Civil Veterinary Department. United Provinces 1923-31 - 1923-1931
Year: 1923
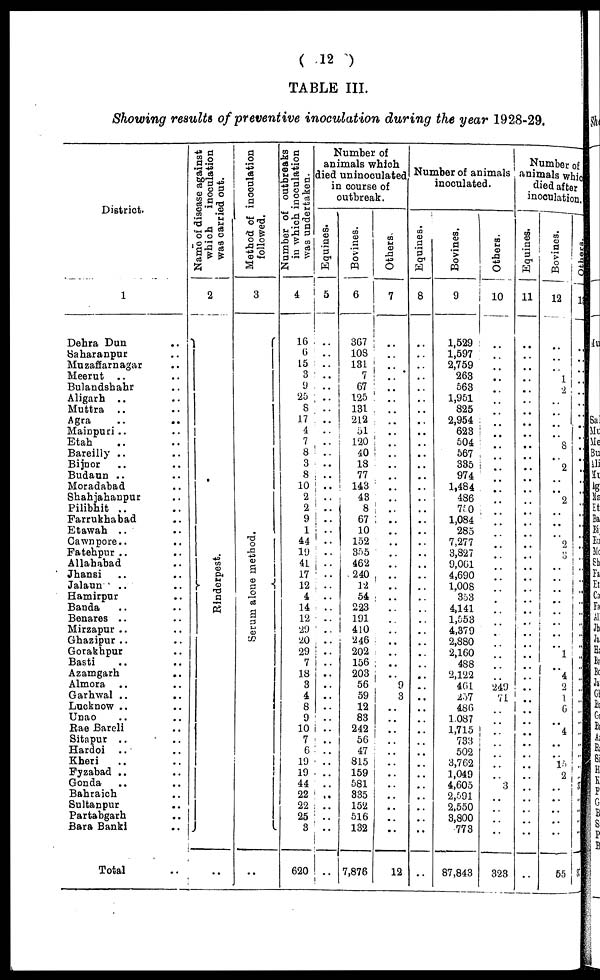
( 12 )
TABLE III.
Showing results of preventive inoculation during the year 1928-29.
District.
1
Dehra Dun ..
Saharanpur ..
Muzaffarnagar ..
Meerut .. ..
Bulandshahr ..
Aligarh .. ..
Muttra .. ..
Agra
Mainpuri .. ..
Etah .. ..
Bareilly .. ..
Bijnor .. ..
Budaun .. ..
Moradabad ..
Shahjahanpur ..
Pilibhit .. ..
Farrukhabad ..
Etawah .. ..
Cawnpore .. ..
Fatehpur .. ..
Allahabad ..
Jhansi .. ..
Jalaun .. ..
Hamirpur ..
Banda .. ..
Benares
Mirzapur .. ..
Ghazipur .. ..
Gorakhpur ..
Basti .. ..
Azamgarh ..
Almora .. ..
Garhwal .. ..
Lucknow .. ..
Unao .. ..
Rae Bareli ..
Sitapur .. ..
Hardoi .. ..
Kheri .. ..
Fyzabad .. ..
Gonda .. ..
Bahraich ..
Sultanpur ..
Partabgarh ..
Bara Banki ..
Total ..
Name of disease against
which
inoculation
wa3 carried out.
2
Rinderpest.
..
Method of inoculation
followed.
3
Se r
um alone method.
..
Number of outbreaks
in which inoculation
was undertaken.
4
16
6
15
3
9
25
8
17
4
7
8
3
8
10
2
2
9
1
44
19
41
17
12
4
14
12
29
20
29
7
18
3
4
8
9
10
7
6
19
19
44
22
22
25
3
620
Number of
animals which
lied uninoculated
in course of
outbreak.
Equines.
5
..
..
..
..
..
..
..
..
..
..
..
..
..
..
..
..
..
..
..
..
..
..
..
..
..
..
..
..
..
..
..
..
..
..
..
..
..
..
..
..
..
..
..
..
..
..
Bovines.
6
367
108
131
7
67
125
131
212
51
120
40
18
77
143
43
8
67
10
152
355
462
240
12
54
223
191
410
246
202
156
203
56
59
12
83
242
56
47
815
159
581
335
152
516
132
7,876
Others.
7
..
..
..
..
..
..
..
..
..
..
..
..
..
..
..
..
..
..
..
..
..
..
..
..
..
..
..
..
..
..
..
9
3
..
..
..
..
..
..
..
..
..
..
..
..
12
Number of animals
inoculated.
Equines.
8
..
..
..
..
..
..
..
..
..
..
..
..
..
..
..
..
..
..
..
..
..
..
..
..
..
..
..
..
..
..
..
..
..
..
..
..
..
..
..
..
..
..
..
..
..
..
Bovines.
9
1,529
1,597
2,759
263
563
1,951
825
2,954
623
504
567
335
974
1,484
486
750
1,084
285
7,277
3,827
9,061
4,690
1,008
353
4,141
1,553
4,379
2,880
2,160
488
2,122
461
257
486
1,087
1,715
733
502
3,762
1,049
4,605
2,591
2,550
3,800
773
87,843
Others.
10
..
..
..
..
..
..
..
..
..
..
..
..
..
..
..
..
..
..
..
..
..
..
..
..
..
..
..
..
..
..
..
249
71
..
..
..
..
..
..
..
3
..
..
..
..
323
Number of
animals which
died after
inoculation.
Equines.
11
..
..
..
..
..
..
..
..
..
..
..
..
..
..
..
..
..
..
..
..
..
..
..
..
..
..
..
..
..
..
..
..
..
..
..
..
..
..
..
..
..
..
..
..
..
..
Bovines.
12
..
..
..
1
2
..
..
..
..
8
..
2
..
..
2
..
..
..
2
3
..
..
..
..
..
..
..
..
1
..
4
2
1
6
..
4
..
..
15
2
..
..
..
..
..
55
Others.
11
..
..
..
..
..
..
..
..
..
..
..
..
..
..
..
..
..
..
..
..
..
..
..
..
..
..
..
..
..
..
..
..
..
..
..
..
..
..
..
..
3
..
..
..
..
35